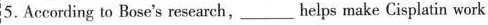
5. Acconding to Bose's research, ___ helps make Cisplatin work